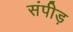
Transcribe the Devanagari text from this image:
संपीड़